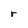
Character: r